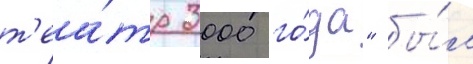
т'еа́тр 3000 го́да" бы́л